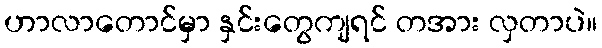
ဟာလာတောင်မှာ နှင်းတွေကျရင် တအား လှတာပဲ။